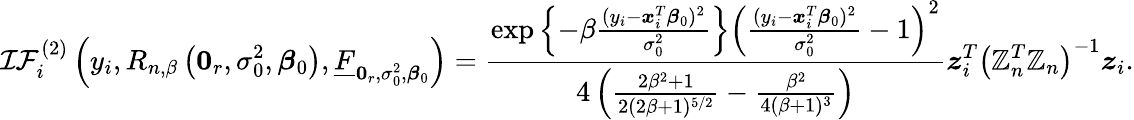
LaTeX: \mathcal{IF}_{i}^{(2)}\left(y_{i},R_{n,\beta}\left(\boldsymbol{0}_{r},\sigma_{0}^{2},\boldsymbol{\beta}_{0}\right),\underline{{F}}_{\boldsymbol{0}_{r},\sigma_{0}^{2},\boldsymbol{\beta}_{0}}\right)=\frac{\exp\left\{ -\beta\frac{(y_{i}-\boldsymbol{x}_{i}^{T}\boldsymbol{\beta}_{0})^{2}}{\sigma_{0}^{2}}\right\} \left(\frac{(y_{i}-\boldsymbol{x}_{i}^{T}\boldsymbol{\beta}_{0})^{2}}{\sigma_{0}^{2}}-1\right)^{2}}{4\left(\frac{2\beta^{2}+1}{2(2\beta+1)^{5/2}}-\frac{\beta^{2}}{4(\beta+1)^{3}}\right)}\boldsymbol{z}_{i}^{T}\left(\mathbb{Z}_{n}^{T}\mathbb{Z}_{n}\right)^{-1}\boldsymbol{z}_{i}.